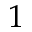
1